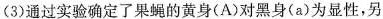
(3)通过实验确定了果蝇的黄身(A)对黑身(a)为显性，另